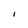
Character: i